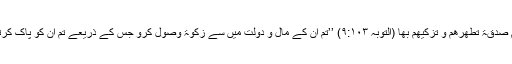
اس سلسلے میں قرآن کہتا ہے: خُذْ مِنْ اَمْوَالِھِمْ صَدَقَۃً تُطَھِّرُھُمْ وَ تُزَکِّیْھِمْ بِھَا (التوبہ ۹:۱۰۳) ’’تم ان کے مال و دولت میں سے زکوٰۃ وصول کرو جس کے ذریعے تم ان کو پاک کرتے ہو اور ان کے نفس کا تزکیہ کرتے ہو‘‘۔